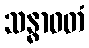
သန္ဓာဝတံ